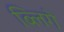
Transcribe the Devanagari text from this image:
ब्लिगे